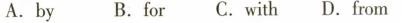
A.by B.For C.With D.From